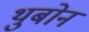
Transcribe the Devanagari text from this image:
थुबोन